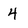
Character: 4